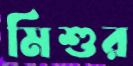
মিশুর